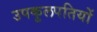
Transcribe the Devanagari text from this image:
उपकुलपतियों